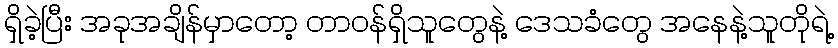
ရှိခဲ့ပြီး အခုအချိန်မှာတော့ တာဝန်ရှိသူတွေနဲ့ ဒေသခံတွေ အနေနဲ့သူတိုရဲ့